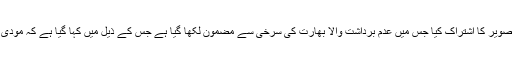
انہوں نے ٹوئٹر پر معروف جریدے دی اکانومسٹ کے سرورق کی تصویر کا اشتراک کیا جس میں عدم برداشت والا بھارت کی سرخی سے مضمون لکھا گیا ہے جس کے ذیل میں کہا گیا ہے کہ مودی کیسے دنیا کی سب سے بڑی جمہوریت کو خطرے میں ڈال رہا ہے۔